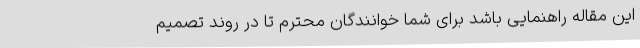
این مقاله راهنمایی باشد برای شما خوانندگان محترم تا در روند تصمیم